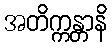
အတိက္ကန္တာနိ